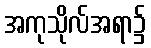
အကုသိုလ်အရာ၌